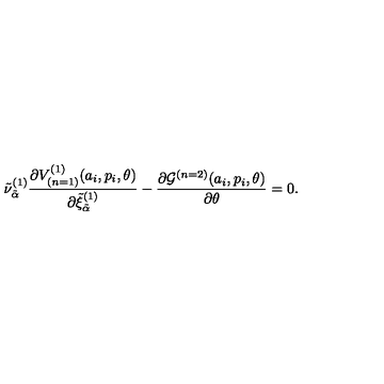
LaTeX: { \tilde { \nu } } _ { \tilde { \alpha } } ^ { ( 1 ) } \frac { \partial V _ { ( n = 1 ) } ^ { ( 1 ) } ( a _ { i } , p _ { i } , \theta ) } { \partial { \tilde { \xi } } _ { \tilde { \alpha } } ^ { ( 1 ) } } - \frac { \partial { \cal G } ^ { ( n = 2 ) } ( a _ { i } , p _ { i } , \theta ) } { \partial \theta } = 0 .